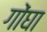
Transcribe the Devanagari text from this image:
गोंघा